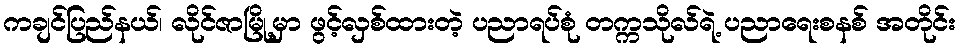
ကချင်ပြည်နယ်၊ လိုင်ဇာမြို့မှာ ဖွင့်လှစ်ထားတဲ့ ပညာရပ်စုံ တက္ကသိုလ်ရဲ့ ပညာရေးစနစ် အတိုင်း